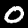
Digit: 0